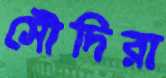
সৌদিরা